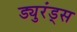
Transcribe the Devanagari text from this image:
ड्युरंड्स